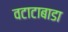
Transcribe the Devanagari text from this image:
वटाटाबाडा